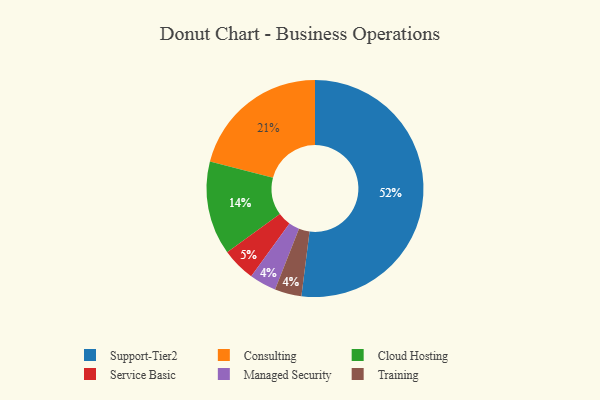
{"axis": {"x": "Category", "y": "Percentage"}, "legend": ["Cloud Hosting", "Consulting", "Managed Security", "Service Basic", "Support-Tier2", "Training"], "data": [{"x": "Managed Security", "y": 4, "type": "Managed Security"}, {"x": "Consulting", "y": 21, "type": "Consulting"}, {"x": "Training", "y": 4, "type": "Training"}, {"x": "Support-Tier2", "y": 52, "type": "Support-Tier2"}, {"x": "Service Basic", "y": 5, "type": "Service Basic"}, {"x": "Cloud Hosting", "y": 14, "type": "Cloud Hosting"}]}